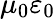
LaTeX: \mu_{0}\varepsilon_{0}